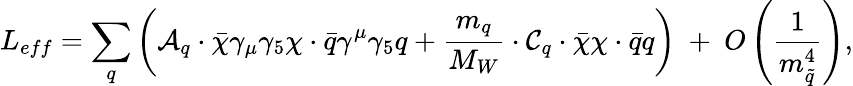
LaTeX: L_{eff}=\sum_{q}^{}\left({\cal A}_{q}\cdot\bar{\chi}\gamma_{\mu}\gamma_{5}\chi\cdot\bar{q}\gamma^{\mu}\gamma_{5}q+\frac{m_{q}}{M_{W}}\cdot{\cal C}_{q}\cdot\bar{\chi}\chi\cdot\bar{q}q\right)\ +\ O\left(\frac{1}{m_{\tilde{q}}^{4}}\right),